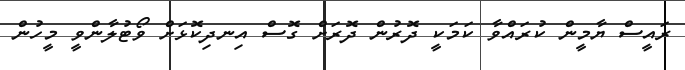
ރައީސް ޔާމީން ކުރައްވާ ކަމަކީ ދޮރުން ދޮރަށް ގޮސް އިނދިކޮޅަށް ވޯޓުލާންވީ މީހުން